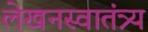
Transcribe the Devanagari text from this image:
लेखनस्वातंत्र्य